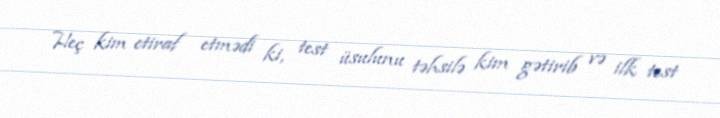
Heç kim etiraf etmədi ki, test üsulunu təhsilə kim gətirib və ilk test